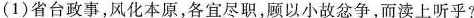
(1)省台政事，风化本原，各宜尽职，顾以小故忿争，而渎上听乎?